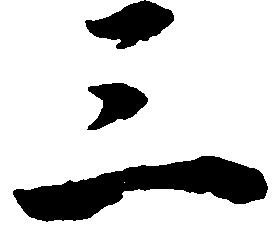
三